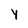
Character: y